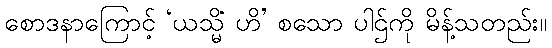
စောဒနာကြောင့် ‘ယသ္မိံ ဟိ’ စသော ပါဌ်ကို မိန့်သတည်း။